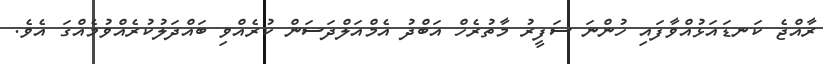
ރާއްޖެ ކަނޑައަޅުއްވާފައި ހުންނަ ސަފީރު މާތުރެހް އަބްދު އެމްއަލްދަސަން ކުރެއްވި ބައްދަލުކުރެއްވުމެއްގަ އެވެ.